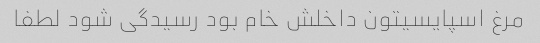
مرغ اسپایسیتون داخلش خام بود رسیدگی شود لطفا